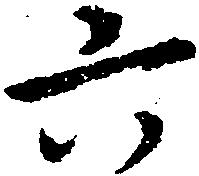
六